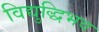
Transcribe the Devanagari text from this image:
विद्युद्धिभव